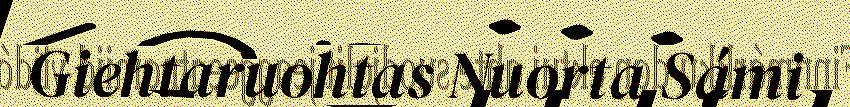
Giehtaruohtas Nuorta Sámi